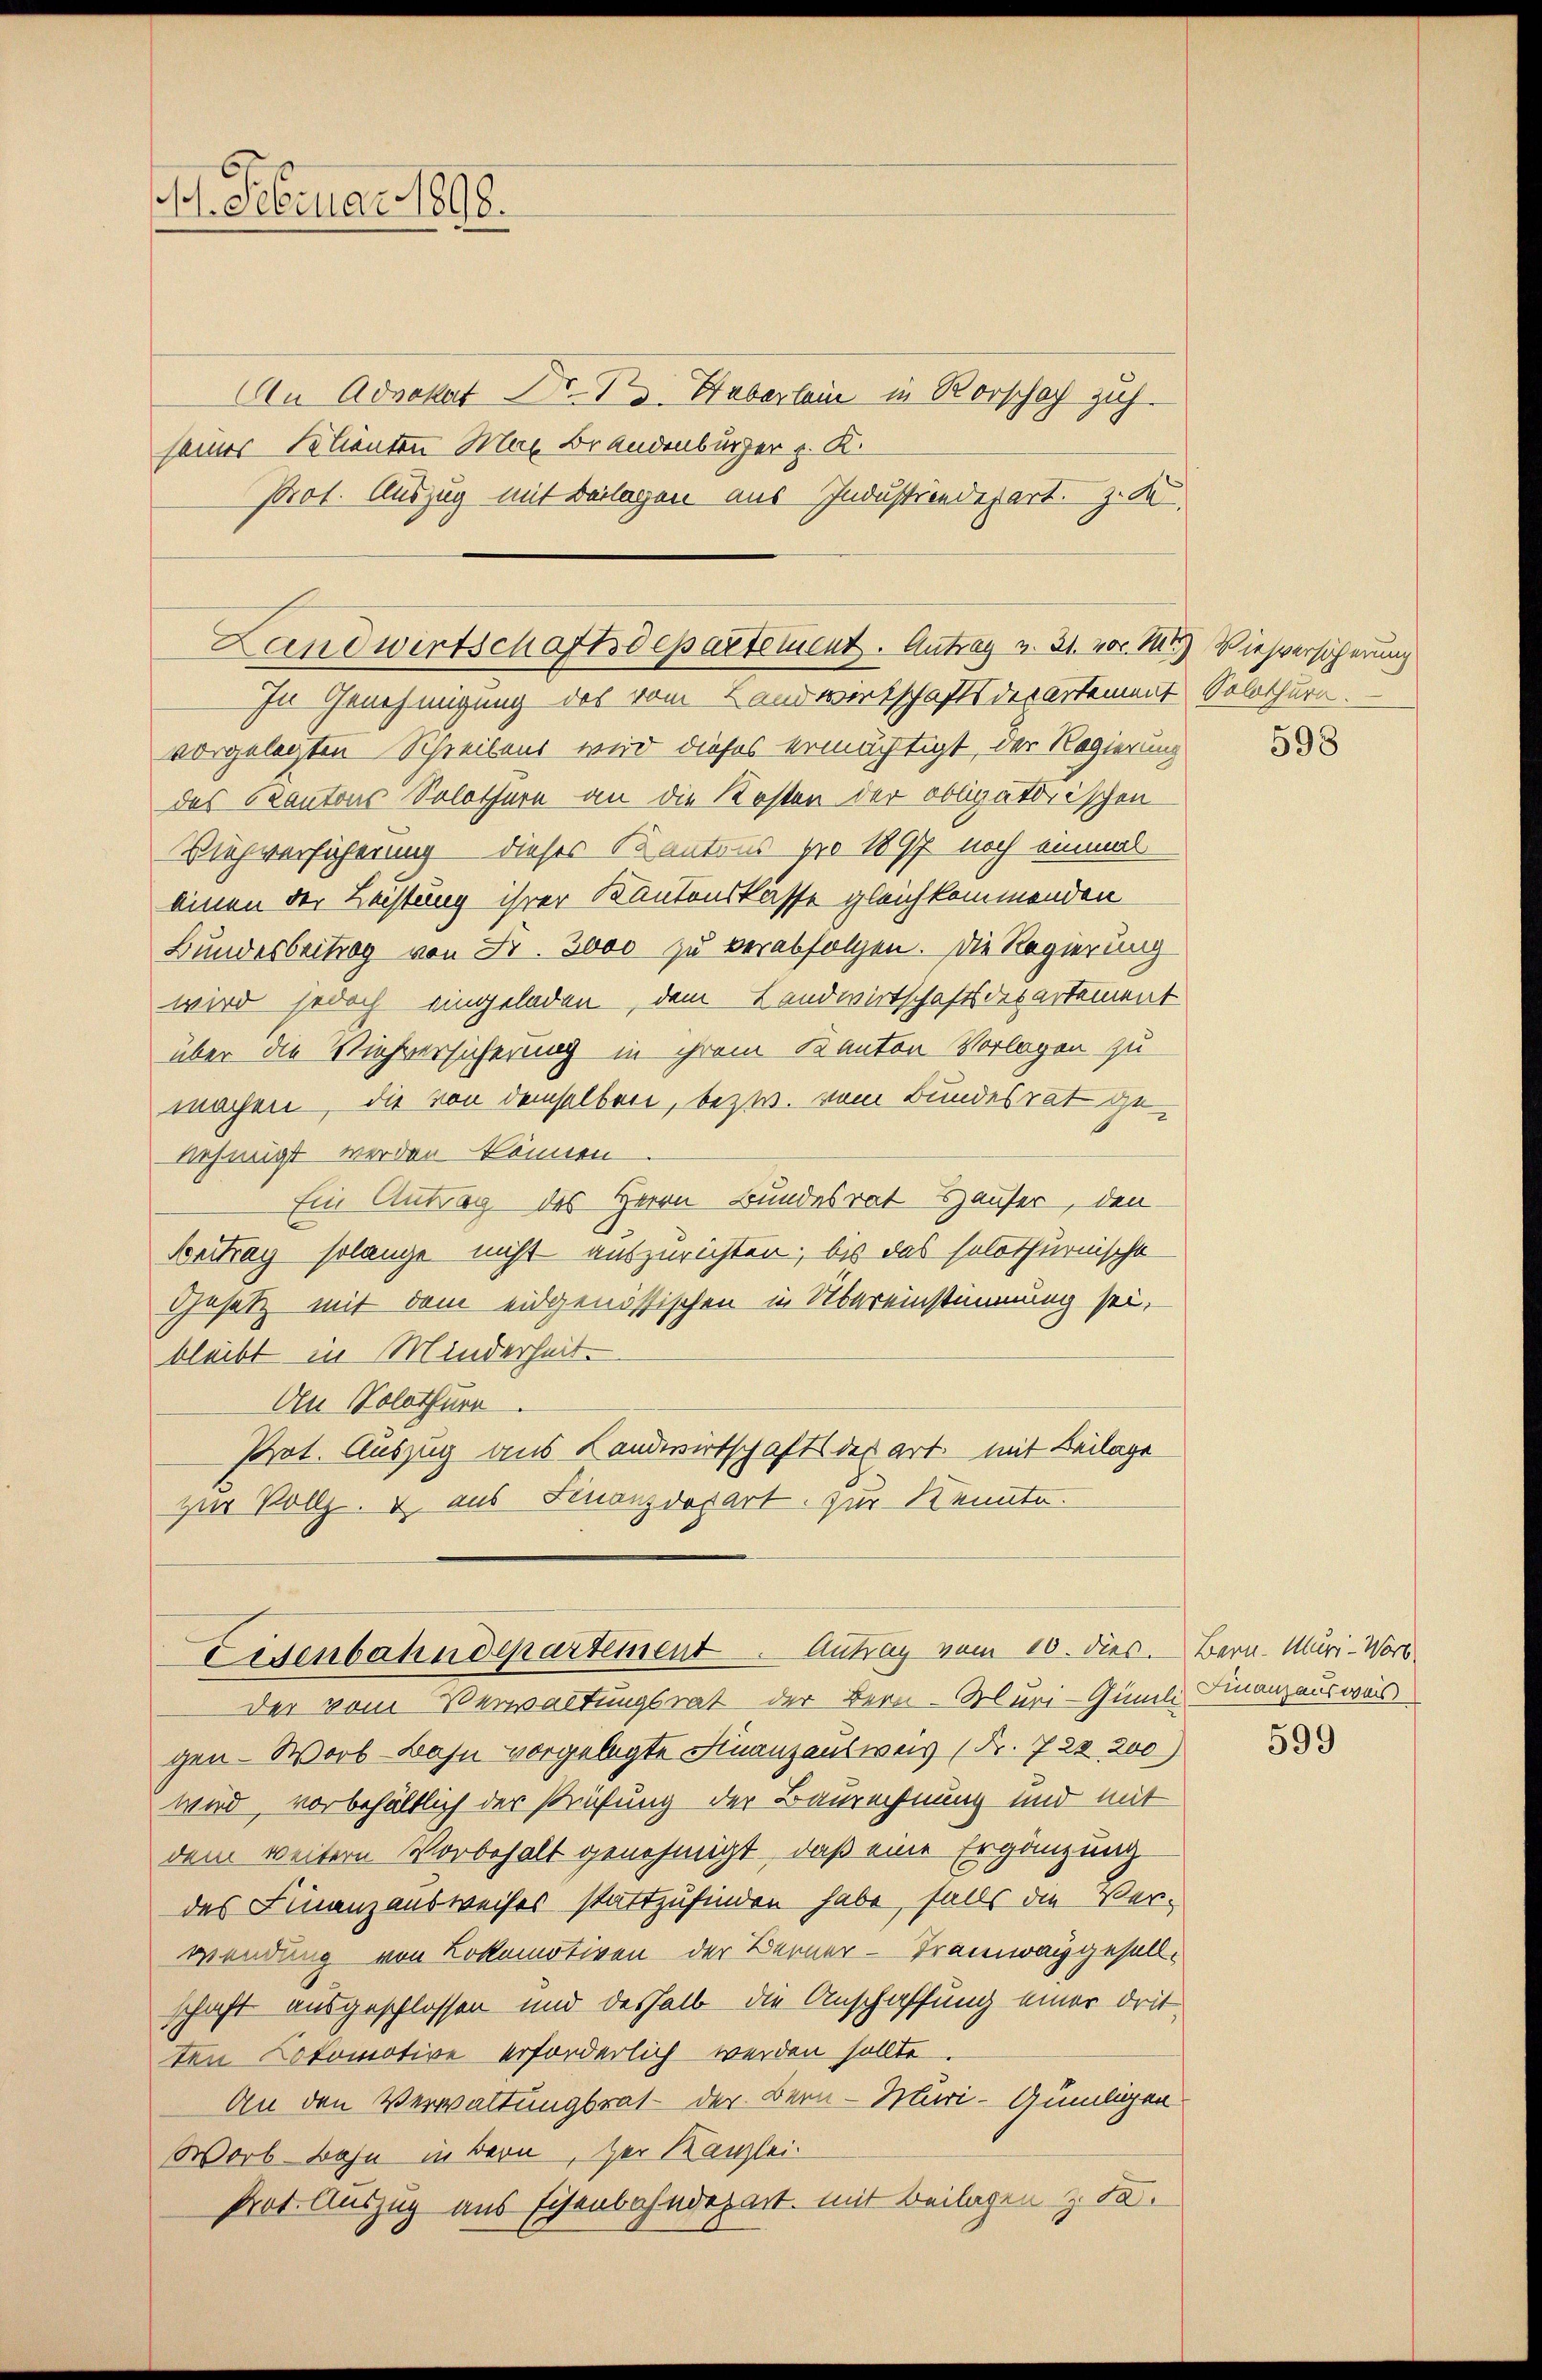
17. Februar 1890.

An Advokat Dr. S. Huberlei in Rorschaf zuh
seiner Klienten Max Brandenburger v. K.
Prot. Auszug mit Beilagen aus Industrindepart. Z. de

In Genehmigung des vom Landwirtschaftsdepartement Solothurn.
vorgelegten Schreibens wird dieses ermächtigt, der Regierung
das Kantons Solothurn an die Kosten der obligatorischen
ihverhöherung dieses Kantons pro 1897 noch einmal
einen der Leistung ihrer Kantonskasse gleichkommenden
Bundesbeitrag von Fr. 3000 zu verabfolgen. Die Regierung
wird jedoch eingeladen, dem Landwirtschaftsdepartement
über die Viehversicherung in ihrem Kanton Vorlagen zu
machen, die von demselben, bezw. vom Bundesrat genehmigt werden können
Ein Antrag des Herrn Bundesrat Häuser, den
Sontrag solange nicht auszurichten, bis das solothurnische
Gesetz mit dem eidgenössischen in Übereinstimmung sei,
bleibt in Minderheit.
Den Solothurn
Prot. Auszug aus Landwirtschafts des art. mit Beilage
zur Vollz. & aus Finanzdepart. Zur Kennte.

Landwirtschaftsdepartement. Antrag v. 31. vor. M. Wiesversicherung

Eisenbahndepartement. Antrag vom 10. dies. Bern. Muri-Wort

Der vom Verwaltungsrat der Bern. Muri-Gümil Finanzauswär
gen. Worb Bahn vorgelegte Finanzausweis (Fr. 722 200)
wird, vorbehältlich der Prüfung der Baurechnung und mit
dem weitern Vorbehalt genehmigt, daß eine Ergänzung
des Finanzausweises stattzufinden habe, falls die Verwendung von Lokomotiven der Berner-Tramwaygesellschaft ausgeschlossen und deshalb die Anschaffung einer dritten Lokomotive erforderlich werden sollte.
An den Verwaltungsrat der Bern - Muri-Aumligen
Worb Bahn in Bern, zur Kanzlei.
Prot. Auszug aus Eisenbahndepart mit Beilagen & da.

598

599